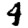
Digit: 4